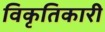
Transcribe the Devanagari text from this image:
विकृतिकारी